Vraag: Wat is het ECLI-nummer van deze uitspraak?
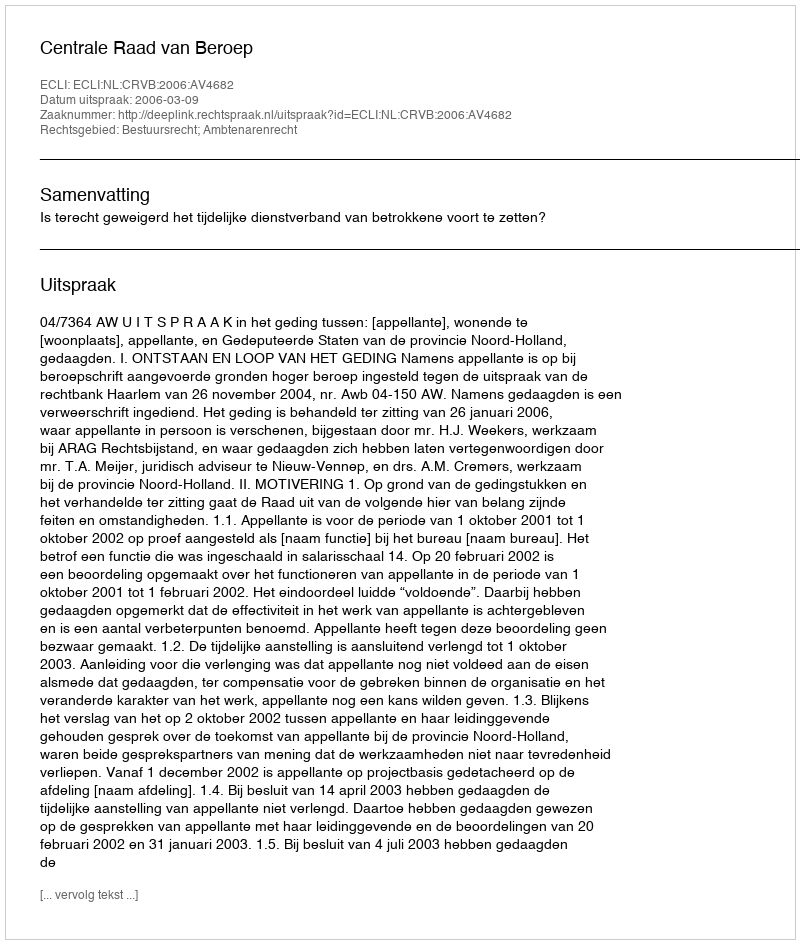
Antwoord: ECLI:NL:CRVB:2006:AV4682